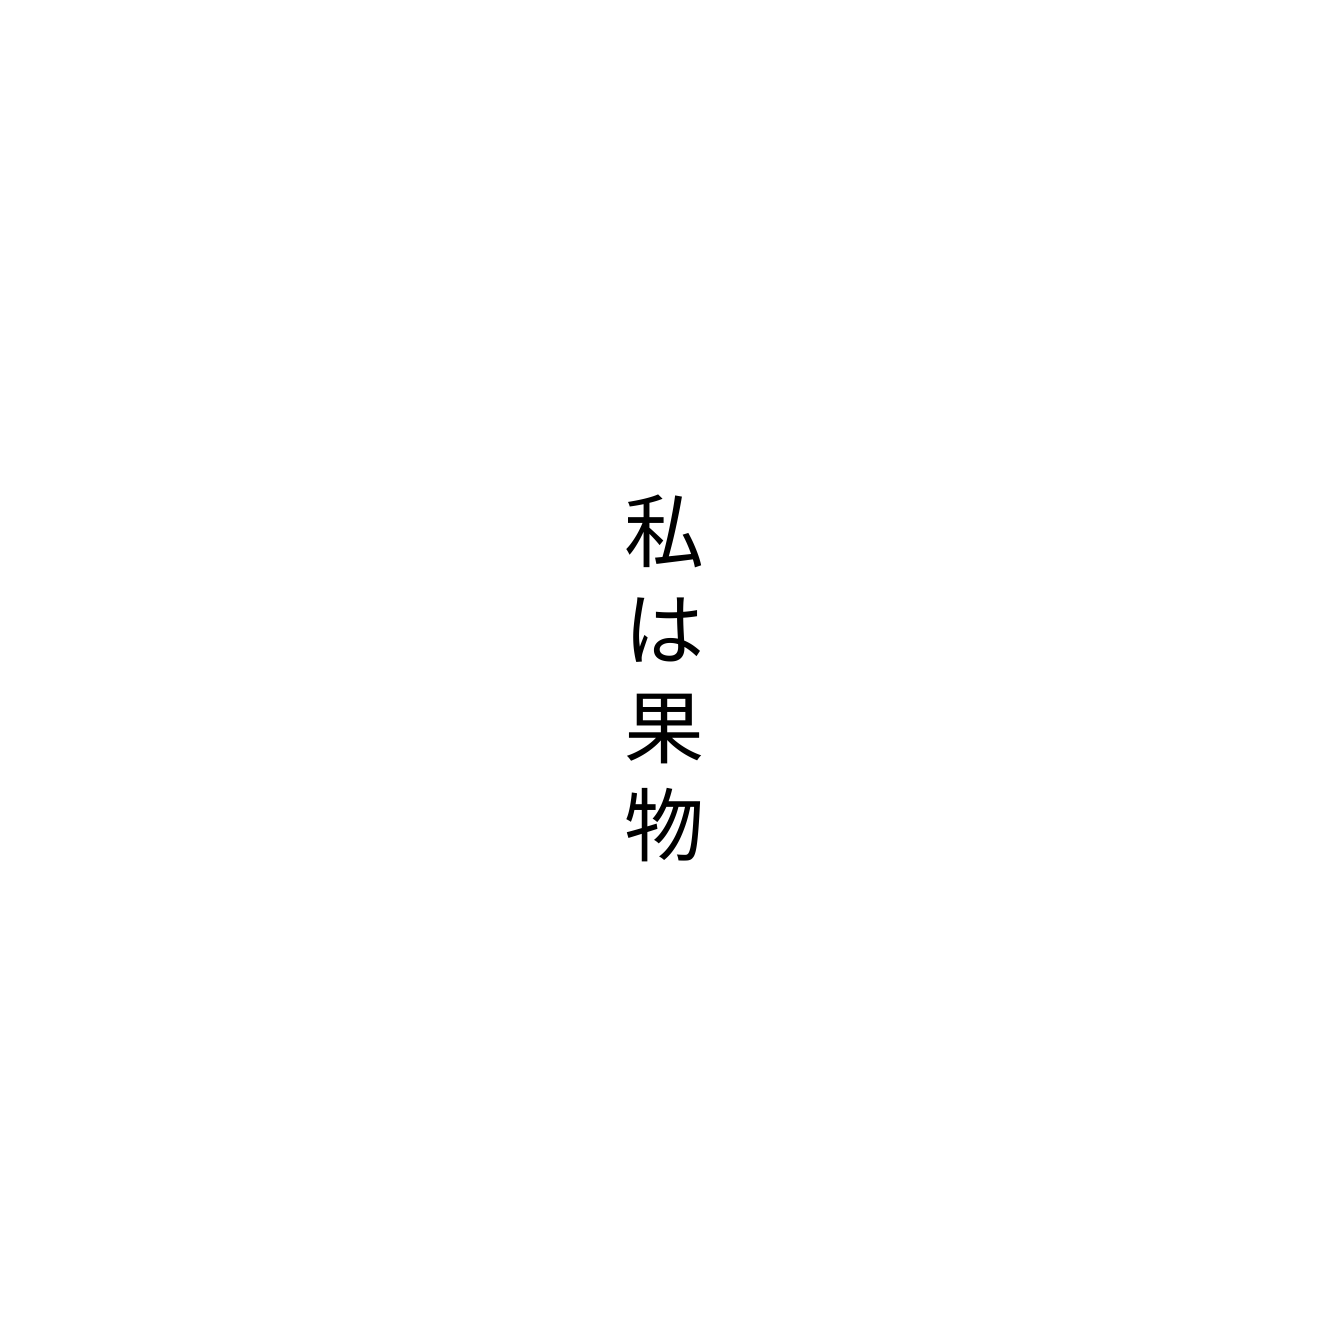
私は果物